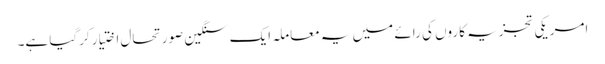
امریکی تجزیہ کاروں کی رائے میں یہ معاملہ ایک سنگین صورتحال اختیار کرگیا ہے۔